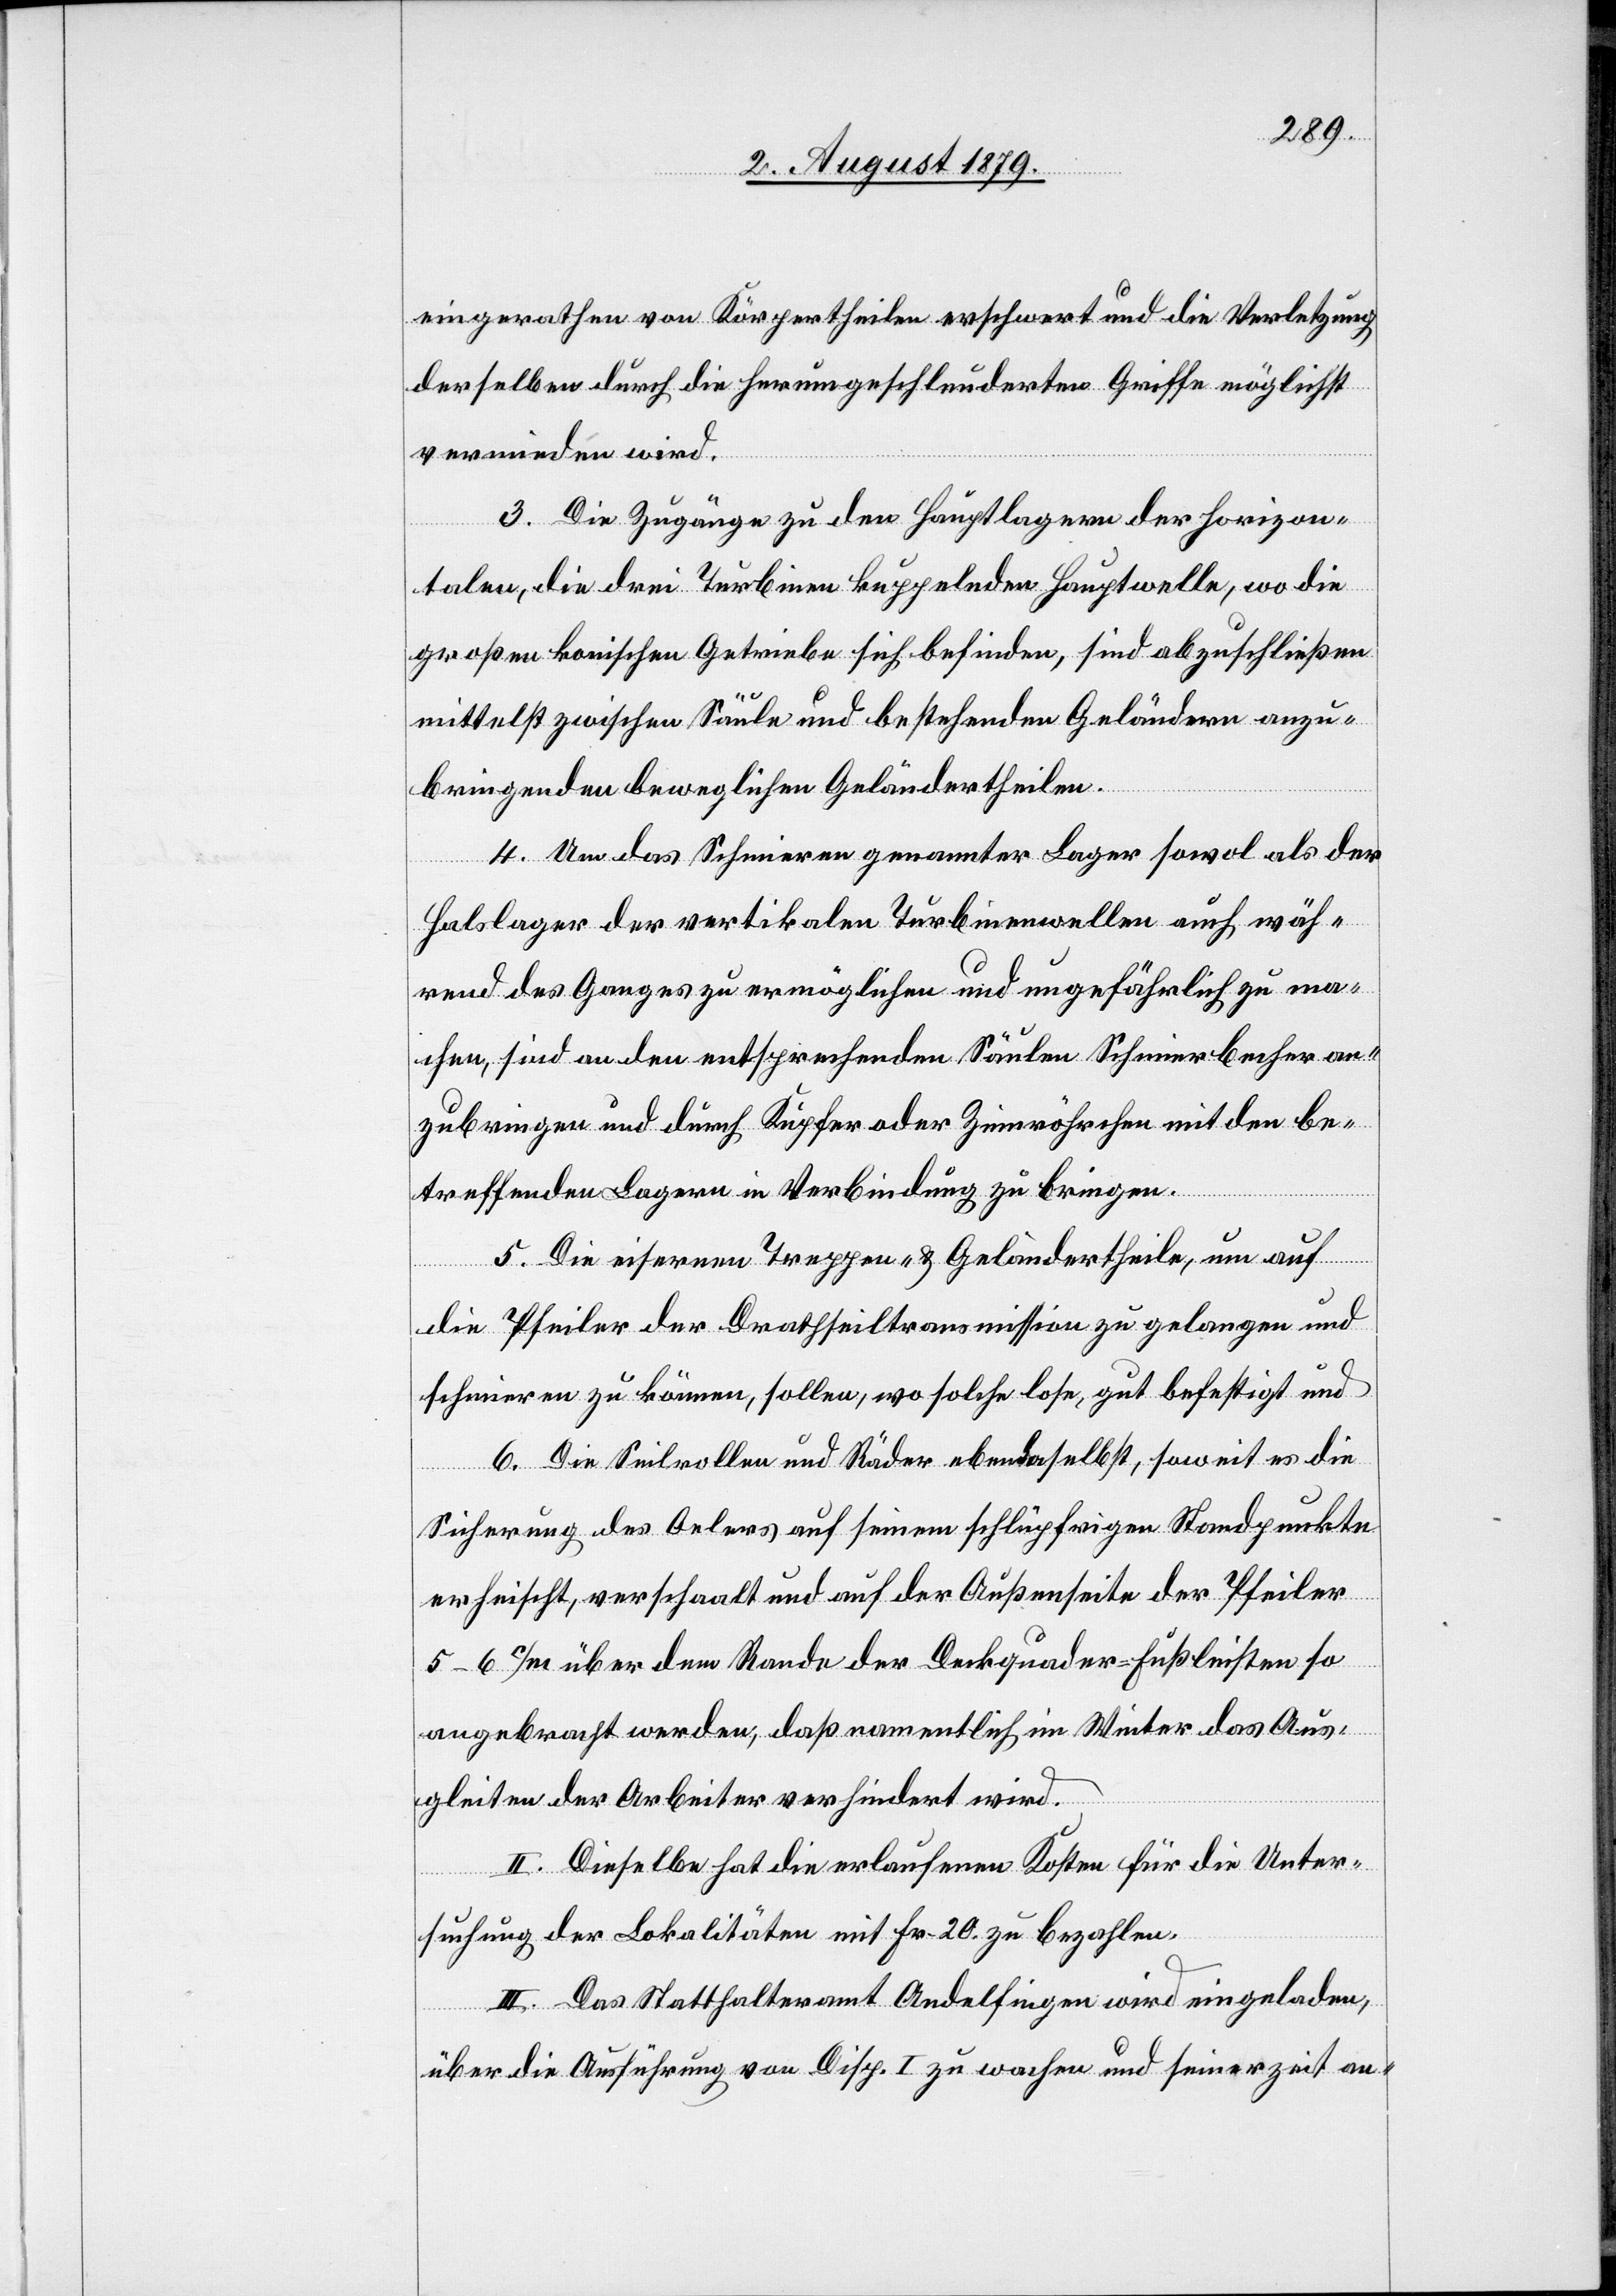
eingerathen von Körpertheilen erschwert und die Verletzung
derselben durch die herumgeschleuderten Griffe möglichst
vermieden wird.
3. Die Zugänge zu den Hauptlagern der horizon¬
talen, die drei Turbinen kuppelnden Hauptwelle, wo die
großen konischen Getriebe sich befinden, sind abzuschließen
mittelst zwischen Säulen und bestehenden Geländern anzu¬
bringenden beweglichen Geländertheilen.
4. Um das Schmieren genannter Lager sowol als der
Halslager der vertikalen Turbinenwellen auch wäh¬
rend des Ganges zu ermöglichen und ungefährlich zu ma¬
chen, sind an den entsprechenden Säulen Schmierbecher an¬
zubringen und durch Kupfer oder Zinnröhrchen mit den be¬
treffenden Lagern in Verbindung zu bringen.
5. Die eisernen Truppen- & Geländertheile, um auf
die Pfeiler der Drathseiltransmission zu gelangen und
schmieren zu können, sollen, wo solche lose, gut befestigt und
6. Die Seilrollen und Räder ebendaselbst, soweit es die
Sicherung des Oelers auf seinem schlüpfrigen Standpunkte
erheischt, verschaalt und auf der Außenseite der Pfeiler
5–6 c/m über dem Rande der Deckquader Fußleisten so
angebracht werden, daß namentlich im Winter das Aus¬
gleiten der Arbeiter verhindert wird.
II. Dieselbe hat die erlaufenen Kosten für die Unter¬
suchung der Lokalitäten mit Fr. 20 zu bezahlen.
III. Das Statthalteramt Andelfingen wird eingeladen,
über die Ausführung von Disp. I zu wachen und seinerzeit an-